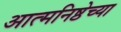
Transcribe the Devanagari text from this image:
आत्मनिष्ठेच्या